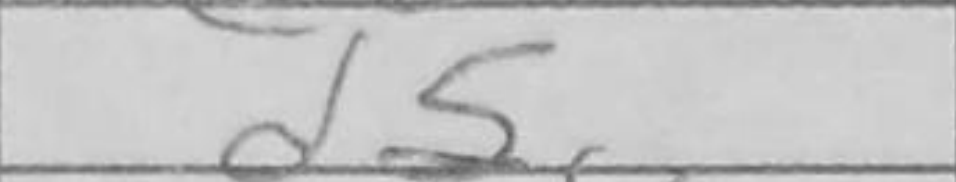
Transcription: d5